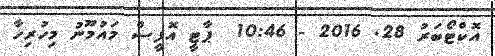
އޮކްޓޯބަރު 28